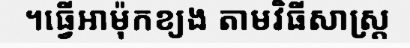
។ធ្វើអាម៉ុកខ្យង តាមវិធីសាស្ត្រ